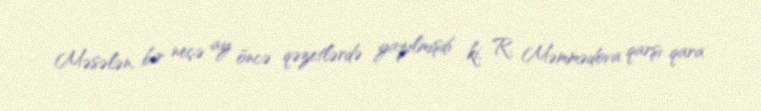
Məsələn, bir neçə ay öncə qəzetlərdə yazılmışdı ki, R. Məmmədova qarşı qara